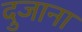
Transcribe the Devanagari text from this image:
दुजाना